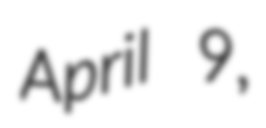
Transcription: April 9,